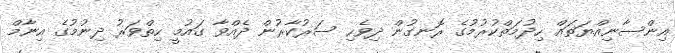
އިންސާނިއްޔަތައް ހިދުމަތްކުރުމުގެ ރޮނގުން ދިވެހި ސަރުކާރުން ދެއްވާ ގައުމީ ހިތްވަރު ދިނުމުގެ އިނާމް